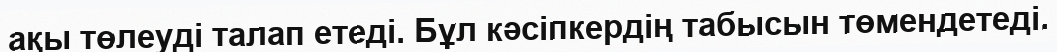
ақы төлеуді талап етеді. Бұл кәсіпкердің табысын төмендетеді.